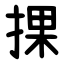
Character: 捰